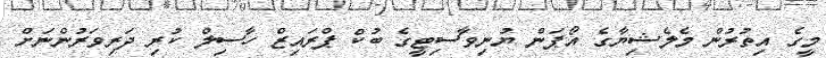
މީގެ އިތުރުން މެލެޝިޔާގެ އޯޕަން ޔުނިވާސިޓީގެ ބުކް ޕްރައިޒް ހާސިލް ކުރި ދަރިވަރުންނަށް